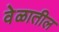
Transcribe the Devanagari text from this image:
वेळातील